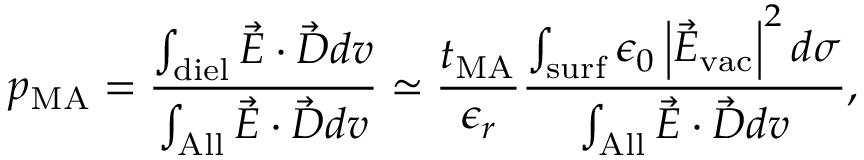
p _ { \mathrm { M A } } = \frac { \int _ { \mathrm { d i e l } } \vec { E } \cdot \vec { D } d v } { \int _ { \mathrm { A l l } } \vec { E } \cdot \vec { D } d v } \simeq \frac { t _ { \mathrm { M A } } } { \epsilon _ { r } } \frac { \int _ { \mathrm { s u r f } } \epsilon _ { 0 } \left| \vec { E } _ { \mathrm { v a c } } \right| ^ { 2 } d \sigma } { \int _ { \mathrm { A l l } } \vec { E } \cdot \vec { D } d v } ,